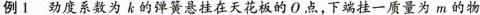
例1 劲度系数为k的弹簧悬挂在天花板的O点，下端挂一质量为m的物